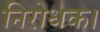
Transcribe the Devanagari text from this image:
निरोधक।